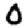
Digit: 0